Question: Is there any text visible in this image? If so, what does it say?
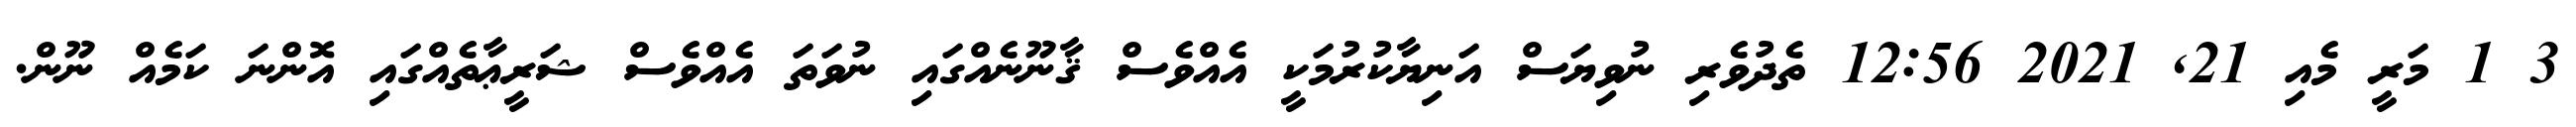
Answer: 3 1 މަރީ މެއި 21, 2021 12:56 ތެދުވެރި ނުވިޔަސް އަނިޔާކުރުމަކީ އެއްވެސް ޤާނޫނެއްގައި ނުވަތަ އެއްވެސް ޝަރީޢާތެއްގައި އޮންނަ ކަމެއް ނޫން.